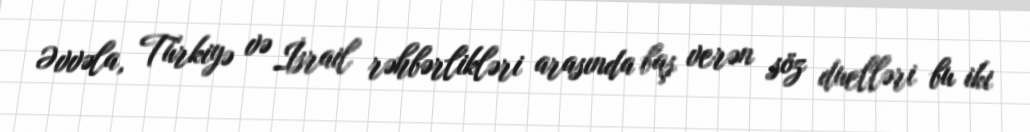
Əvvəla, Türkiyə və İsrail rəhbərlikləri arasında baş verən söz duelləri bu iki